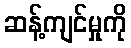
ဆန့်ကျင်မှုကို